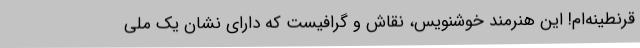
قرنطینه‌ام! این هنرمند خوشنویس، نقاش و گرافیست که دارای نشان یک ملی